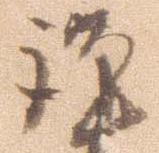
謹